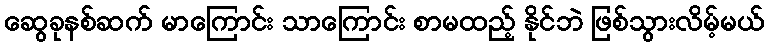
ဆွေခုနစ်ဆက် မာကြောင်း သာကြောင်း စာမထည့် နိုင်ဘဲ ဖြစ်သွားလိမ့်မယ်